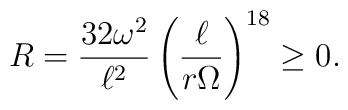
R= \frac{32\omega^2}{\ell^2}\left(\frac{\ell}{r\Omega}\right)^{18}\ge0.